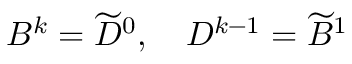
B ^ { k } = \widetilde { D } ^ { 0 } , \quad D ^ { k - 1 } = \widetilde { B } ^ { 1 }